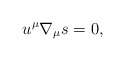
\begin{align*} u^\mu\nabla_\mu s=0,\end{align*}